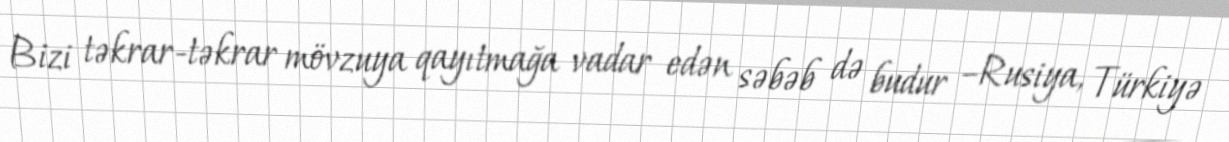
Bizi təkrar-təkrar mövzuya qayıtmağa vadar edən səbəb də budur –Rusiya, Türkiyə